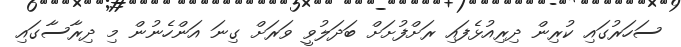
ސަހަރުގައި ކުރިން ދިރިއުޅެފައި ރަށްފުށަށް ބަދަލުވީ ވަރަށް ގިނަ އަންހެނުން މި ދިރާސާގައި